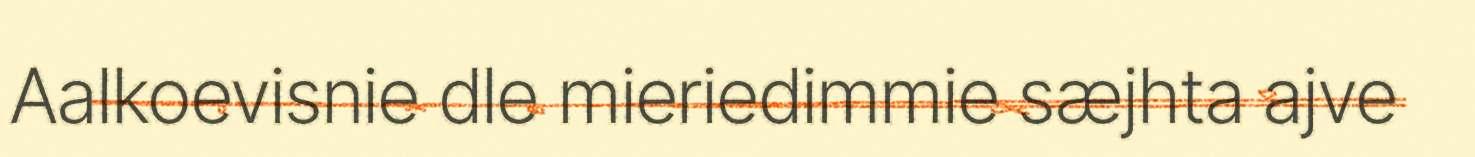
Aalkoevisnie dle mieriedimmie sæjhta ajve